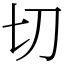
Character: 切